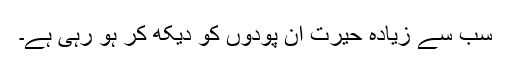
سب سے زیادہ حیرت ان پودوں کو دیکھ کر ہو رہی ہے۔